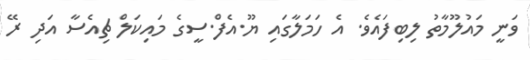
ވަނީ މައުލޫމާތު ލިބިފައެވެ. އެ ހަމަލާގައި ޔޫ.އެފް.ސީގެ މައިކަލް ޗިއެސާ އަދި ރޭ